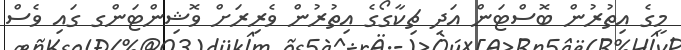
މީގެ އިތުރުން ބޮސްޓަން އަދި ޗިކާގޯގެ އިތުރުން ވެރިރަށް ވޮޝިންޓަންގ ގައި ވެސް